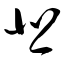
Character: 悲